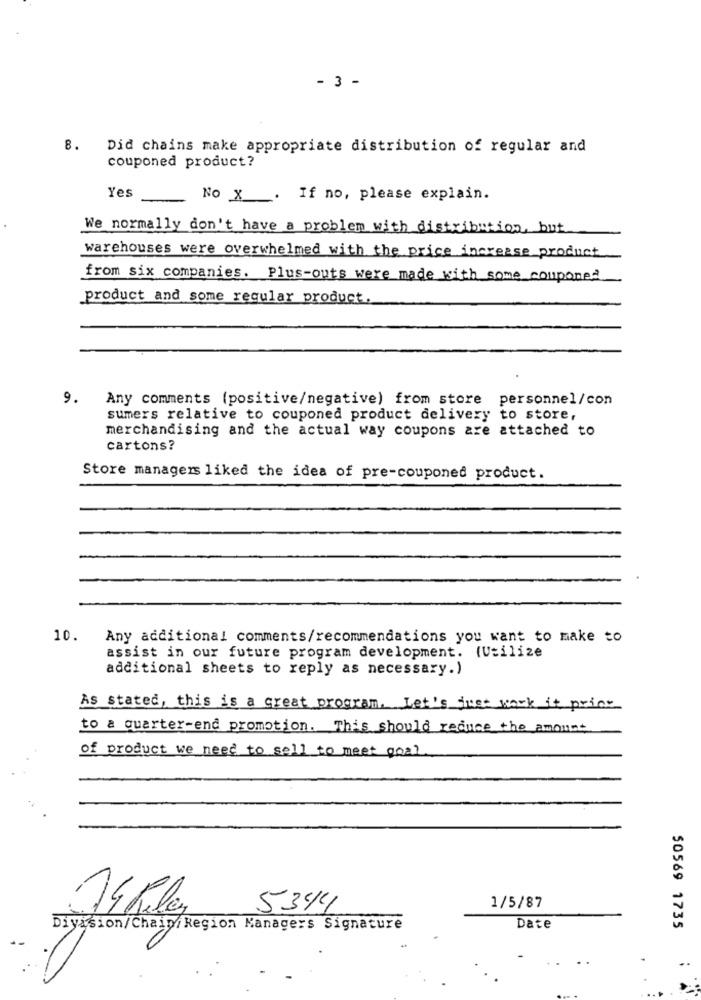
- 3 -
8. Did chains make appropriate distribution of regular and
couponed product?
Yes
No X . If no, please explain.
We normally don't have a problem with distribution but
warehouses were overwhelmed with the price increase product
from six companies. Plus-outs were made with some coupone?
product and some regular product.
9.
Any comments (positive/negative) from store personnel/con
sumers relative to couponed product delivery to store,
merchandising and the actual way coupons are attached to
cartons?
Store managers liked the idea of pre-couponed product.
10.
Any additional comments/recommendations you want to make to
assist in our future program development. (Utilize
additional sheets to reply as necessary.)
As stated, this is a great program. Let's just work it print
to a quarter-end promotion. This should reduce the amount
of product we need to sell to meet goal
5344
1/5/87
14 Rules
Date
Diyasion/Chain/Region Managers Signature
50569 1735